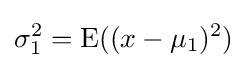
\sigma _{1}^{2}=\operatorname {E} ((x-\mu _{1})^{2})